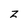
Character: Z